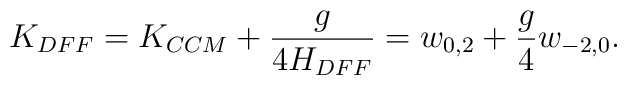
K_{DFF} = K_{CCM} + \frac{g}{4H_{DFF}} = w_{0,2}+{g\over4}w_{-2,0}.